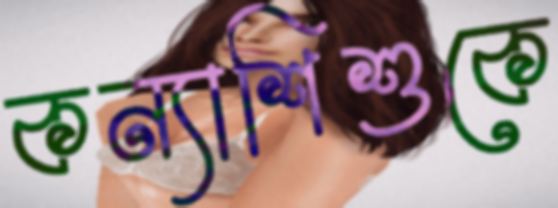
কন্যাশিশুকে